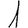
Digit: 1